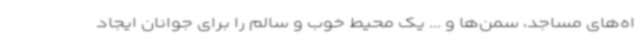
اه‌های مساجد، سمن‌ها و ... یک محیط خوب و سالم را برای جوانان ایجاد